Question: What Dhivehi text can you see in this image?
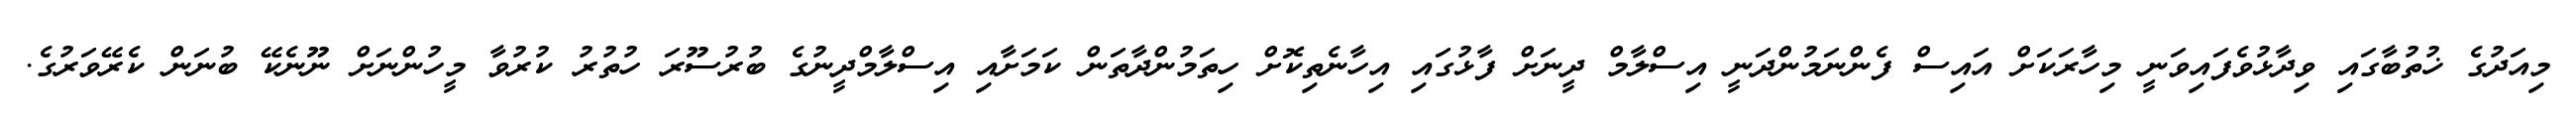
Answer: މިއަދުގެ ޚުތުބާގައި ވިދާޅުވެފައިވަނީ މިހާރަކަށް އައިސް ފެންނަމުންދަނީ އިސްލާމް ދީނަށް ފާޅުގައި އިހާނެތިކޮށް ހިތަމުންދާތަން ކަމަށާއި އިސްލާމްދީނުގެ ބުރުސޫރަ ހުތުރު ކުރުވާ މީހުންނަށް ނޫނެކޭ ބުނަން ކެރޭވަރުގެ.